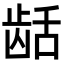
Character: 𬺄